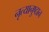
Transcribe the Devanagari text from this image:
नृत्यानुष्ठान